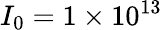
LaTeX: I_{0}=1\times 10^{13}